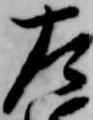
左